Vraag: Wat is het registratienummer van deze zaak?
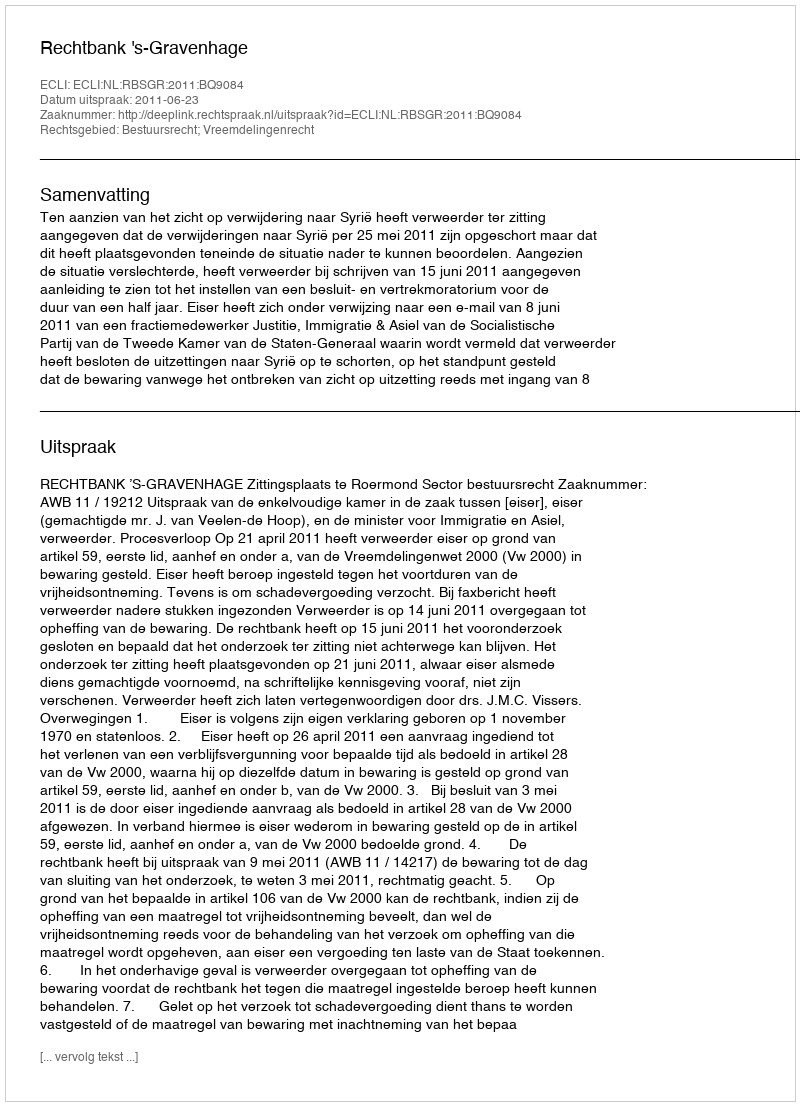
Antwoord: http://deeplink.rechtspraak.nl/uitspraak?id=ECLI:NL:RBSGR:2011:BQ9084